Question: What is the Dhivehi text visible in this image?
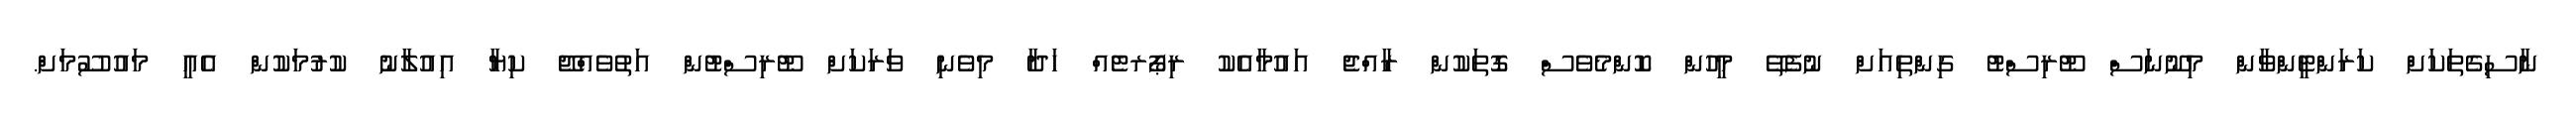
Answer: ނާސިގެތަކަށް ކަރަންޓީންވާން މިނޫނަސް ޓޫރިސްޓު ގިންތިއަށް ނުފެތޭ މީހުން ކޮންމެވެސް ގޮތަކުން ރާއްޖެ އައުމާއެކު ރިޕޯރޓެއް ހަދާ މިވެނި ވަރަކަށް ޓޫރިސްޓުން އަތުވެއްޖޭ ކިޔާ އިއުލާނު ކުރުމަކުން އެއީ މައުސޫމަށް.